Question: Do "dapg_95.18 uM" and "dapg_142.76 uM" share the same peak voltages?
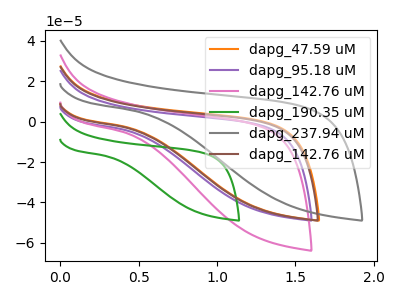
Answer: <think>The orange curve "dapg_47.59 uM" has no peaks. The purple curve "dapg_95.18 uM" has no peaks. The pink curve "dapg_142.76 uM" has no peaks. The green curve "dapg_190.35 uM" has no peaks. The gray curve "dapg_237.94 uM" has no peaks. The brown curve "dapg_142.76 uM" has no peaks.</think>
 <answer>Niether CV has any peaks.</answer>
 <eval>blanks</eval>